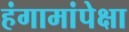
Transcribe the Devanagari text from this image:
हंगामांपेक्षा